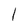
Character: 1